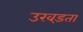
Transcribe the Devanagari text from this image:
उखड़ता